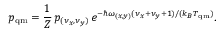
p _ { \mathrm { { q m } } } = \frac { 1 } { Z } \, p _ { ( \nu _ { x } , \nu _ { y } ) } \, e ^ { - \hbar \omega _ { ( x , y ) } ( \nu _ { x } + \nu _ { y } + 1 ) / ( k _ { B } T _ { \mathrm { { q m } } } ) } .